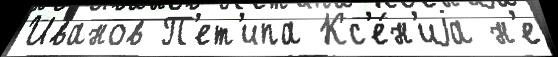
Иванов П'ет'ипа Кс'е́н'иjа н'е